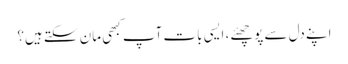
اپنے دل سے پوچھئے، ایسی بات آپ کبھی مان سکتے ہیں؟